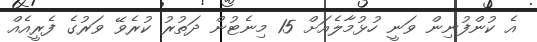
އެ ކުންފުނިން ވަނީ ހުޅުމާލެއަށް 15 މިނެޓުން ދަތުރު ކުރެވޭ ވަރުގެ ފެރީއެއް